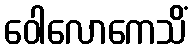
ဝေါလောကေသိံ